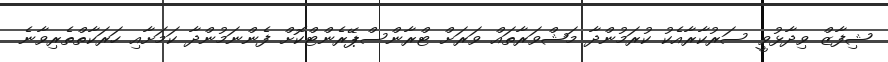
ޝިފާޒް ވިދާޅުވީ ސަރުކާރާއެކު ކުރަމުންދާ މަޝްވަރާތައް ވަރަށް ޓްރާންސްޕޭރެންޓްކޮށް ފެންނަމުންދާ ކަމަށާއި ހަރަކާތްތެރިވާނެ